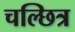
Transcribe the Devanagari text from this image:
चल्छित्र